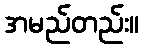
အမည်တည်း။